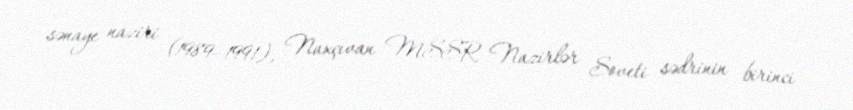
sənaye naziri (1989–1991), Naxçıvan MSSR Nazirlər Soveti sədrinin birinci